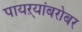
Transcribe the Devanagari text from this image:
पायऱ्यांबरोबर